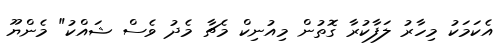
އެކަމަކު މިހާރު ލަފާކުރާ ގޮތުން މިއުނިކް މެޗާ މެދު ވެސް ޝައްކު" މެންޔޫ